Annual administration report of the Civil Veterinary Department of India - 1894-1895
Year: 1894
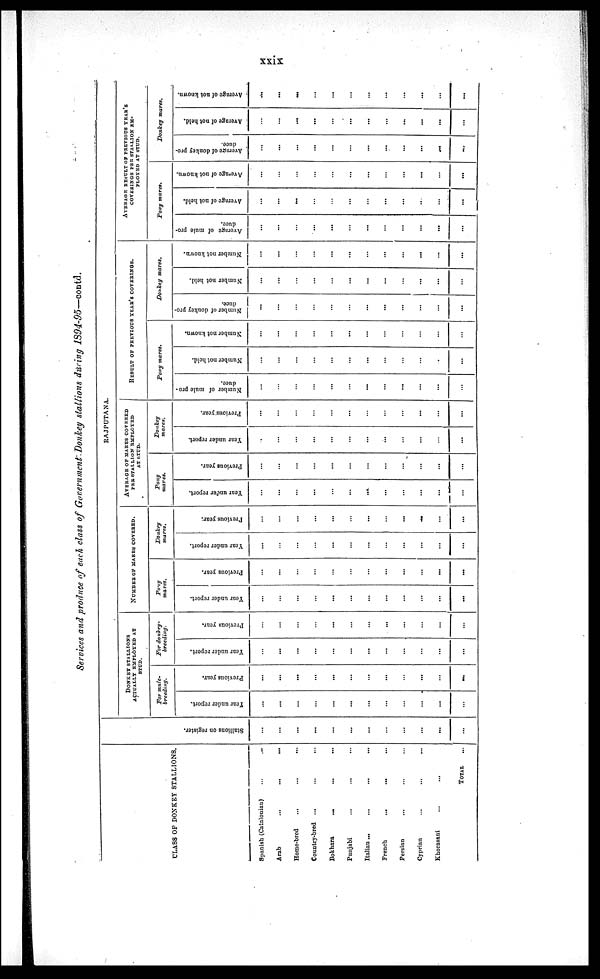
xxix
Services and produce of each class of Government Donkey stallions during 1394-95—contd.
CLASS OF DONKEY STALLIONS.
Spanish (Catalonian)
…
...
Arab...
...
...
Home-bred...
...
...
Country-bred...
... …
Bokhara
...
…
...
Punjabi
…
...
...
Italian ...
...
…
...
French...
...
...
Persian … … …
Cyprian … … …
Khorasani
…
... …
TOTAL …
RAJPUTANA.
Stallions on register.
…
...
...
...
...
...
...
…
…
...
...
...
DONKEY
STALLIONS
ACTUALLY EMPLOYED AT
STUD.
For mule¬
breeding.
Year under r epor t .
…
...
…
…
...
...
...
…
…
...
...
…
Previous year .
…
…
...
...
...
…
...
...
…
...
…
...
For donkey¬
breeding.
Year under report.
…
…
...
…
...
…
...
…
…
…
…
…
Pr evi ous year .
…
…
…
…
...
…
…
...
…
…
…
…
NUMBER OF MARES COVERED.
Pony
mares.
Year under report.
…
…
…
…
...
…
…
…
…
…
…
...
Pr evi ous year .
…
...
…
…
…
…
…
…
…
…
...
...
Donkey
mares.
Year under report.
...
…
…
…
…
…
...
…
…
…
…
...
Pr evi ous year .
…
…
...
…
…
…
...
…
...
…
…
...
AVERAGE OF MARES COVERED
PER STALLION EMPLOYED
AT STUD.
Pony
mares.
Year under report.
…
…
…
…
…
...
…
…
…
...
...
...
Previous year .
...
…
...
…
...
...
…
…
...
…
...
…
Donkey
mares.
Year under report.
…
…
…
…
…
...
…
...
…
…
…
...
Pr evi ous year .
...
…
…
…
…
...
…
…
…
...
…
…
RESULT OF PREVIOUS YEAR'S COVERINGS.
Pony mares.
Nu mb e r of mule pro
duce.
...
…
…
…
…
…
...
...
...
…
…
...
Number not hel d.
...
...
…
…
…
...
...
…
…
…
…
…
Nu mb e r not known.
…
…
…
…
…
...
…
…
…
…
…
…
Donkey mares.
Number of donkey pro
duce.
…
…
…
…
…
…
…
...
…
…
…
...
Number not hel d.
…
…
…
…
…
...
…
…
…
...
…
…
Nu mb e r not known.
…
…
…
…
…
...
…
...
…
...
...
...
AVERAGE RESULT OF PREVIOUS YEAR'S
COVERINGS PER STALLION EM¬
PLOYED AT STUD.
Pony mares.
Ave r
a ge of mu l e pro
duce.
…
…
…
…
...
…
…
…
…
...
...
…
Ave r
a ge of not held.
…
...
...
…
…
…
…
…
...
...
…
...
Aver age of not known.
…
…
…
…
…
…
...
…
...
...
…
...
Donkey mares.
Ave r
a ge of donkey pro-
duce.
…
...
…
...
…
…
…
...
...
...
…
...
Aver age of not hel d.
…
…
...
...
…
...
...
…
...
…
...
…
Ave r
a ge of not known.
...
...
…
…
...
...
…
...
…
...
…
...